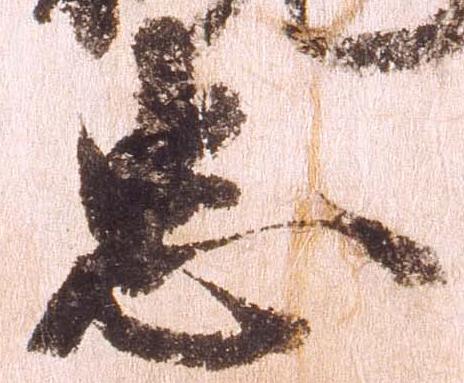
忠